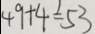
4 9 + 4 = 5 3